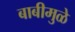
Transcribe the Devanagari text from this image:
बाबीमुळे